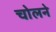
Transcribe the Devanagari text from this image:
चोलने